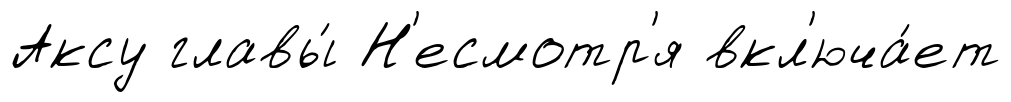
Аксу главы́ Н'есмотр'я вкл'юча́ет